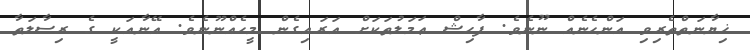
ޚިޔާނަތްތެރިވި އަންހެނެއް ނޫނެވެ. ފާޙިޝް ޢަމަލުތަކަށް އަރައިގެން މީހެއްނޫނެވެ. އޭނާއަކީ ގެ ރިސާލަތާ